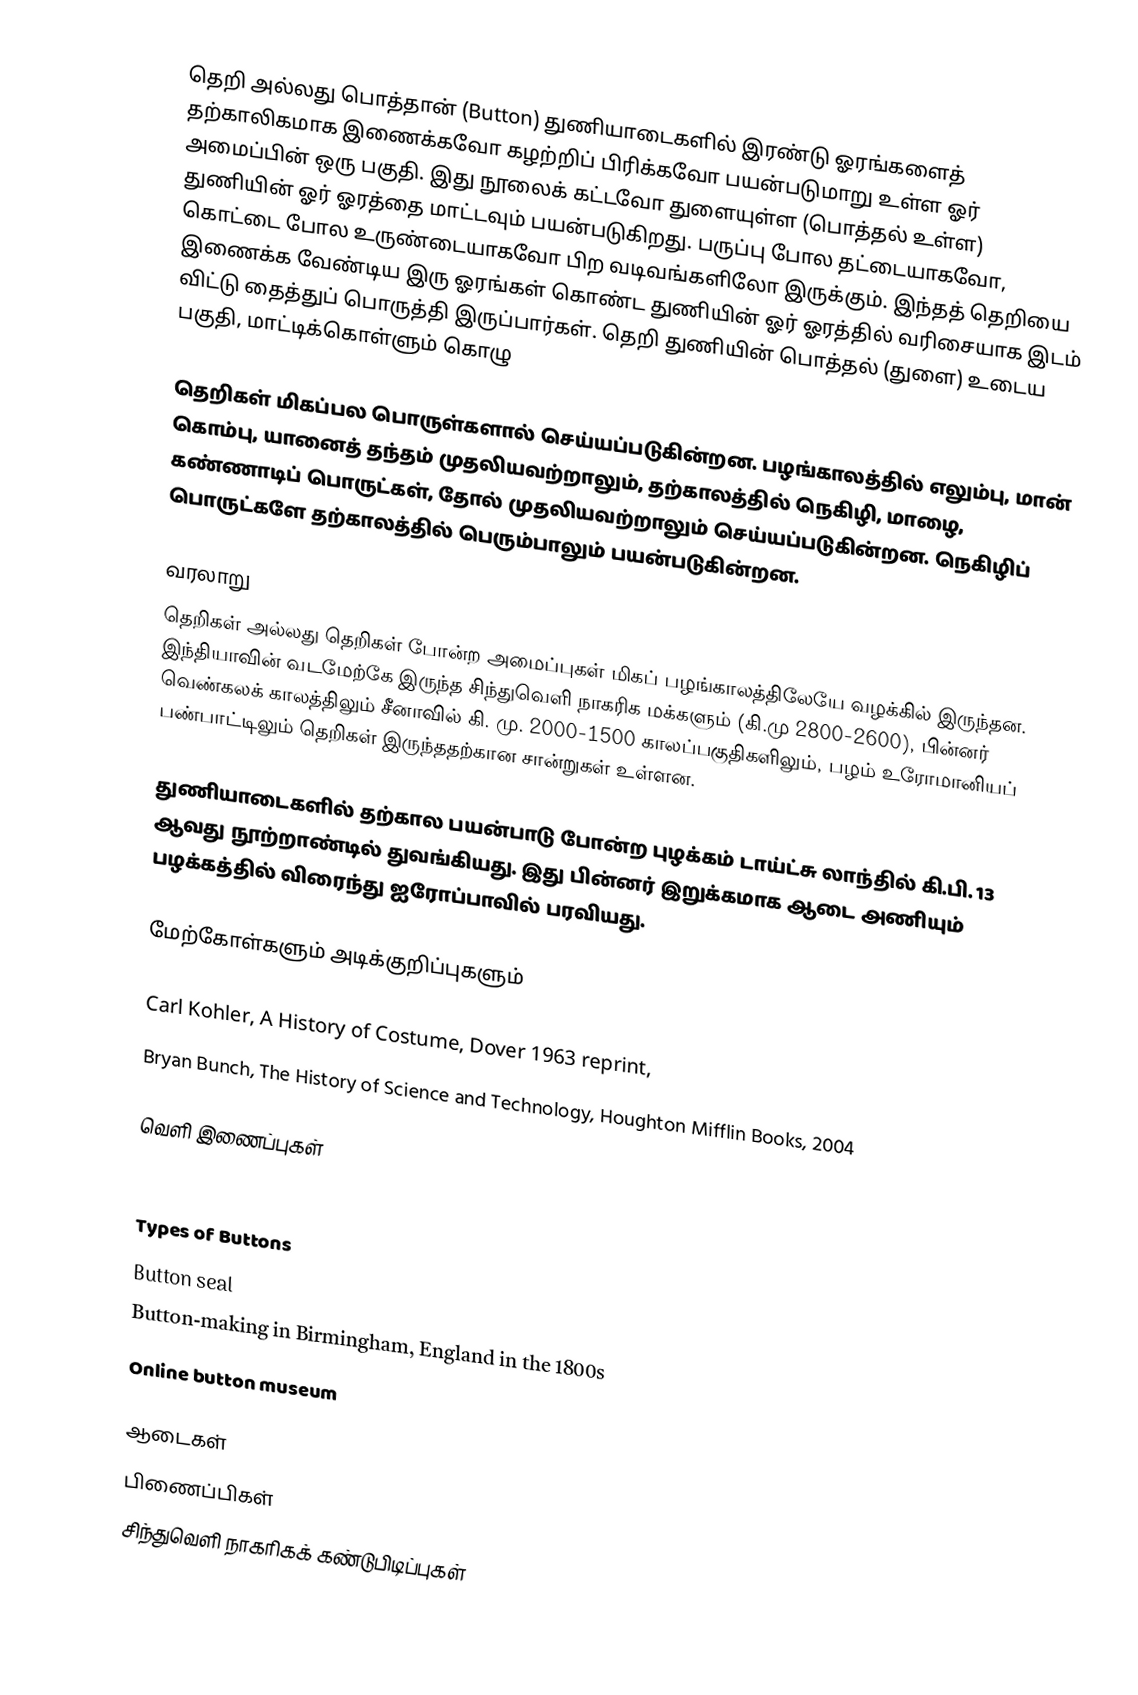
தெறி அல்லது பொத்தான் (Button) துணியாடைகளில் இரண்டு ஓரங்களைத் தற்காலிகமாக இணைக்கவோ கழற்றிப் பிரிக்கவோ பயன்படுமாறு உள்ள ஓர் அமைப்பின் ஒரு பகுதி. இது நூலைக் கட்டவோ துளையுள்ள (பொத்தல் உள்ள) துணியின் ஓர் ஓரத்தை மாட்டவும் பயன்படுகிறது. பருப்பு போல தட்டையாகவோ, கொட்டை போல உருண்டையாகவோ பிற வடிவங்களிலோ இருக்கும். இந்தத் தெறியை இணைக்க வேண்டிய இரு ஓரங்கள் கொண்ட துணியின் ஓர் ஓரத்தில் வரிசையாக இடம் விட்டு தைத்துப் பொருத்தி இருப்பார்கள். தெறி துணியின் பொத்தல் (துளை) உடைய பகுதி, மாட்டிக்கொள்ளும் கொழு

தெறிகள் மிகப்பல பொருள்களால் செய்யப்படுகின்றன. பழங்காலத்தில் எலும்பு, மான் கொம்பு, யானைத் தந்தம் முதலியவற்றாலும், தற்காலத்தில் நெகிழி, மாழை, கண்ணாடிப் பொருட்கள், தோல் முதலியவற்றாலும் செய்யப்படுகின்றன. நெகிழிப் பொருட்களே தற்காலத்தில் பெரும்பாலும் பயன்படுகின்றன.

வரலாறு
தெறிகள் அல்லது தெறிகள் போன்ற அமைப்புகள் மிகப் பழங்காலத்திலேயே வழக்கில் இருந்தன. இந்தியாவின் வடமேற்கே இருந்த சிந்துவெளி நாகரிக மக்களும் (கி.மு 2800-2600), பின்னர் வெண்கலக் காலத்திலும் சீனாவில் கி. மு. 2000-1500 காலப்பகுதிகளிலும், பழம் உரோமானியப் பண்பாட்டிலும் தெறிகள் இருந்ததற்கான சான்றுகள் உள்ளன.

துணியாடைகளில் தற்கால பயன்பாடு போன்ற புழக்கம் டாய்ட்சு லாந்தில் கி.பி. 13 ஆவது நூற்றாண்டில் துவங்கியது. இது பின்னர் இறுக்கமாக ஆடை அணியும் பழக்கத்தில் விரைந்து ஐரோப்பாவில் பரவியது.

மேற்கோள்களும் அடிக்குறிப்புகளும்

 Carl Kohler, A History of Costume, Dover 1963 reprint,
 Bryan Bunch, The History of Science and Technology, Houghton Mifflin Books, 2004

வெளி இணைப்புகள்

 Worked button making in Dorset
 Types of Buttons
 Button seal
 Button-making in Birmingham, England in the 1800s
 Online button museum

ஆடைகள்
பிணைப்பிகள்
சிந்துவெளி நாகரிகக் கண்டுபிடிப்புகள்